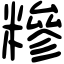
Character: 糝